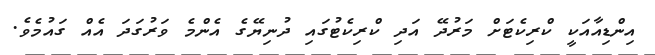
އިންޑިއާއަކީ ކްރިކެޓަށް މަރުދޭ އަދި ކްރިކެޓުގައި ދުނިޔޭގެ އެންމެ ވަރުގަދަ އެއް ގައުމެވެ.